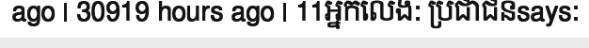
ago | 30919 hours ago | 11អ្នកលេង: ប្រជាជនsays: